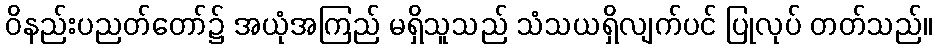
ဝိနည်းပညတ်တော်၌ အယုံအကြည် မရှိသူသည် သံသယရှိလျက်ပင် ပြုလုပ် တတ်သည်။